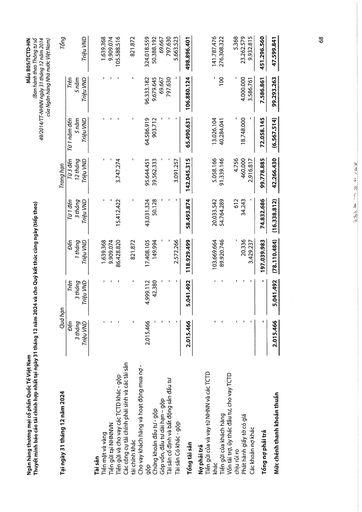
|Tại ngày 31 tháng 12 năm 2024|Quá|hạn|||Trong hạn|||Tổng| |---|---|---|---|---|---|---|---|---| ||Đến 3 tháng Triệu VND|Trên 3 tháng Triệu VND|Đến 1 tháng Triệu VND|Từ 1 đến 3 tháng Triệu VND|Từ 3 đến 12 tháng Triệu VND|Từ 1 năm đến 5 năm Triệu VND|Trên 5 năm Triệu VND|Triệu VND| |Tài sản||||||||| |Tiền mặt và vàng|-|-|1.639.368|-|-|-|-|1.639.368| |Tiền gửi tại NHNNVN|-|-|9.909.074|-|-|-|-|9.909.074| |Tiền gửi và cho vay các TCTD khác - gộp|-|-|86.428.820|15.412.422|3.747.274|-|-|105.588.516| |Các công cụ tài chính phái sinh và các tài sản tài chính khác|-|-|821.872|-|-|-|-|821.872| |Cho vay khách hàng và hoạt động mua nợ - gộp|2.015.466|4.999.112|17.408.105|43.031.324|95.644.451|64.586.919|96.333.182|324.018.559| |Chứng khoán đầu tư gộp|-|42.380|149.994|50.128|39.562.333|903.712|9.679.645|50.388.192| |Góp vốn, đầu tư dài hạn - gộp|-|-|-|-|-|-|69.667|69.667| |Tài sản cố định và bất động sản đầu tư|-|-|-|-|-|-|797.630|797.630| |Tài sản Có khác - gộp|-|-|2.572.266|-|3.091.257|-|-|5.663.523| |Tổng tài sản|2.015.466|5.041.492|118.929.499|58.493.874|142.045.315|65.490.631|106.880.124|498.896.401| |Nợ phải trả||||||||| |Tiền gửi của và vay từ NHNN và các TCTD khác|-|-|103.669.664|20.033.542|5.058.166|13.026.104|-|141.787.476| |Tiền gửi của khách hàng|-|-|89.920.746|54.764.289|91.339.146|40.284.041|100|276.308.322| |Vốn tài trợ, ủy thác đầu tư, cho vay TCTD chịu rủi ro|-|-|-|612|4.756|-|-|5.368| |Phát hành giấy tờ có giá|-|-|20.336|34.243|460.000|18.748.000|4.000.000|23.262.579| |Các khoản nợ khác|-|-|3.429.237|-|2.916.817|-|3.586.761|9.932.815| |Tổng nợ phải trả|-|-|197.039.983|74.832.686|99.778.885|72.058.145|7.586.861|451.296.560| |Mức chênh thanh khoản thuần|2.015.466|5.041.492|(78.110.484)|(16.338.812)|42.266.430|(6.567.514)|99.293.263|47.599.841|